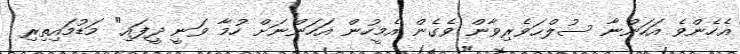
އެހެންވެ އަހަންނާ ސުލްޙަވެރިވާން ވެގެން އެމީހުން އަހަންނަށް ހުމާ ވަނީ ދީފައި" މަޑުމައިތިރި